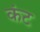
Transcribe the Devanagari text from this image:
कंट